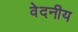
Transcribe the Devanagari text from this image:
वेदनीय